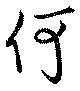
何